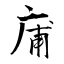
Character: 庯